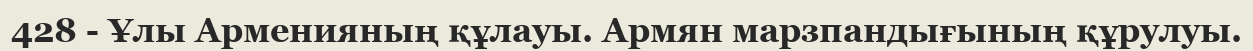
428 - Ұлы Арменияның құлауы. Армян марзпандығының құрулуы.